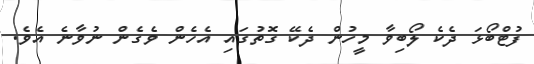
ފުޓްބޯޅަ ދެކެ ލޯބިވާ މީހުން ދެކޭ ގޮތުގައި އެހެން ވެގެން ނުވާނެ އެވެ.